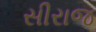
સીરાજ